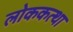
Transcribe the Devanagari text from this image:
लोककत्था